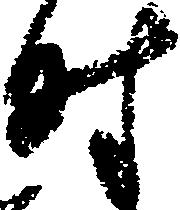
時